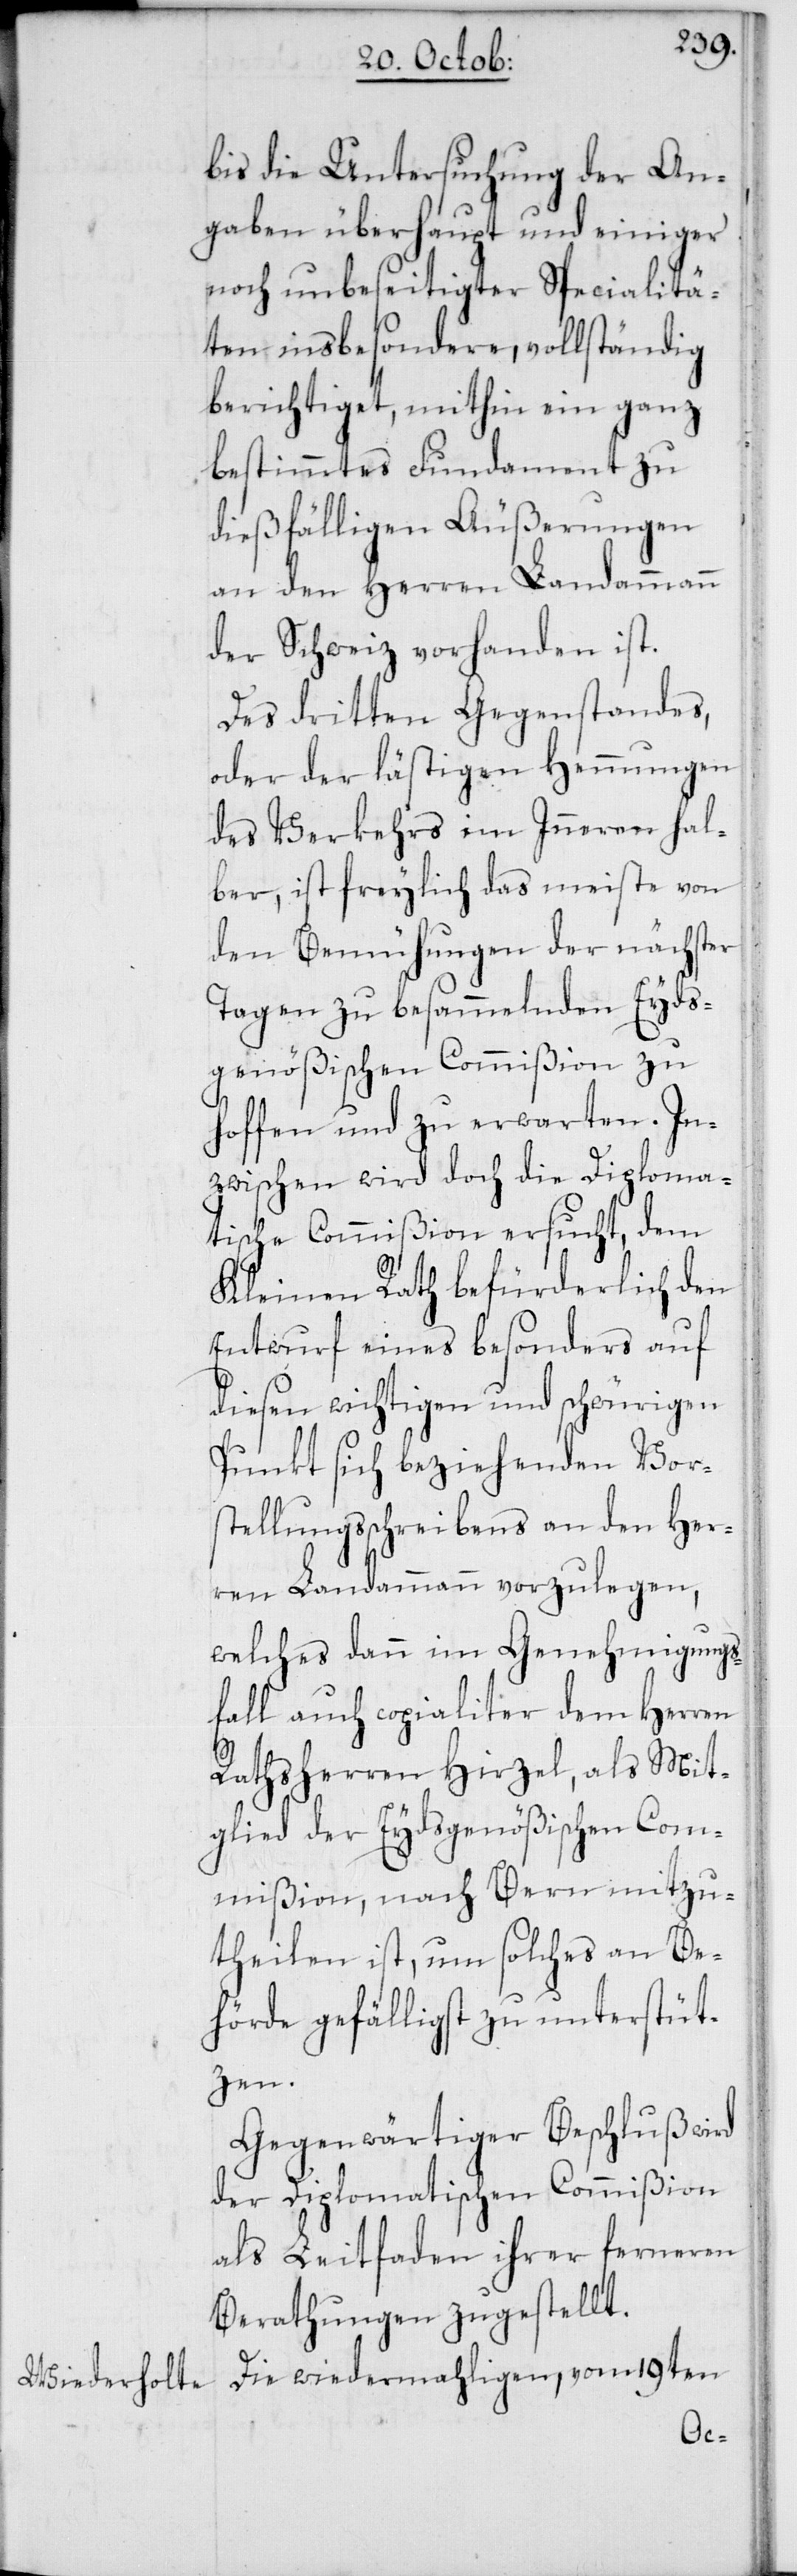
bis die Untersuchung der An¬
gaben überhaupt und einiger
noch unbeseitigter Specialitä¬
ten insbesondere, vollständig
berichtiget, mithin ein ganz
bestimmtes Fundament zu
dießfälligen Äußerungen
an den Herren Landammann
der Schweiz vorhanden ist.
Des dritten Gegenstandes,
oder der lästigen Hemmungen
des Verkehrs im Inneren hal¬
ber, ist freylich das meiste von
den Bemühungen der nächster
Tagen zu besammelnden Eyds¬
genößischen Commißion zu
hoffen und zu erwarten. In¬
zwischen wird doch die Diploma¬
tische Commißion ersucht, dem
Kleinen Rath befürderlich den
Entwurf eines besonders auf
diesen wichtigen und schwürigen
Punkt sich beziehenden Vor¬
stellungsschreibens an den Her¬
ren Landammann vorzulegen,
welches dann im Genehmigungs¬
fall auch copialiter dem Herren
Rathsherren Hirzel, als Mit¬
glied der Eydsgenößischen Com¬
mißion, nach Bern mitzu¬
theilen ist, um solches an Be¬
hörde gefälligst zu unterstüt¬
zen.
Gegenwärtiger Beschluß wird
der Diplomatischen Commißion
als Leitfaden ihrer ferneren
Berathungen zugestellt.
Die wiedermahligen, vom 19ten